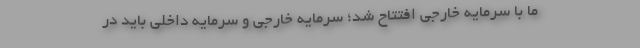
ما با سرمایه خارجی افتتاح شد؛ سرمایه خارجی و سرمایه داخلی باید در